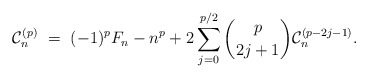
\begin{align*}\mathcal{C}_n^{(p)} \ = \ (-1)^pF_n - n^{p} + 2\sum_{j=0}^{p/2} \binom{p}{2j+1} \mathcal{C}_n^{(p-2j-1)}.\end{align*}